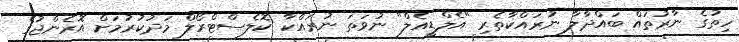
ހިތުގެ ނާރުތައް ބައްދާލާ ނުރައްކާތެރި "އެލްޑީއެލް" ނުވަތަ ނުރައްކާ ކޮލެސްޓްރޯލް މަދުކުރުމަށް އޮރެންޖުގެ